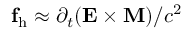
\mathbf f _ { \mathrm { h } } \approx \partial _ { t } ( \mathbf E \times \mathbf M ) / c ^ { 2 }